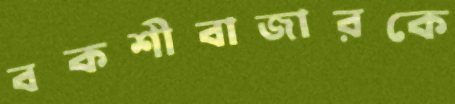
বকশীবাজারকে